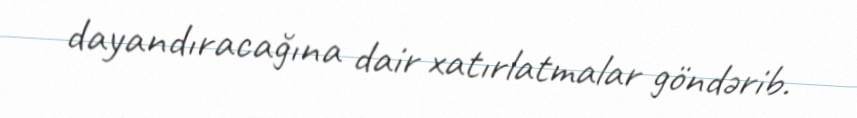
dayandıracağına dair xatırlatmalar göndərib.